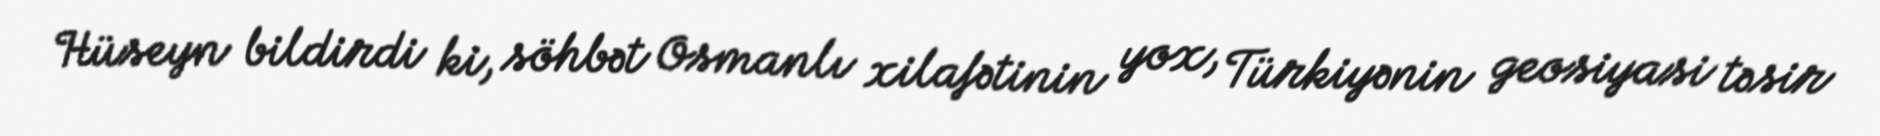
Hüseyn bildirdi ki, söhbət Osmanlı xilafətinin yox, Türkiyənin geosiyasi təsir